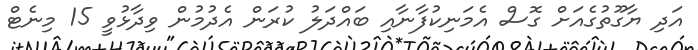
އަދި ޔާގޫތުގެއަށް ގޮސް އެމަނިކުފާނާއި ބައްދަލު ކުރަން އެދުމުން ވިދާޅުވީ 15 މިނެޓް